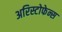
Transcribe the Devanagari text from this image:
अरिस्टोफेन्स